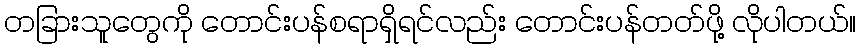
တခြားသူတွေကို တောင်းပန်စရာရှိရင်လည်း တောင်းပန်တတ်ဖို့ လိုပါတယ်။